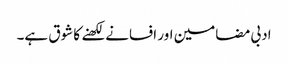
ادبی مضامین اور افسانے لکھنے کا شوق ہے۔